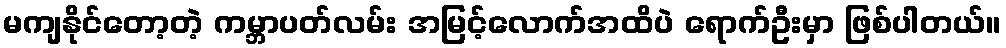
မကျနိုင်တော့တဲ့ ကမ္ဘာပတ်လမ်း အမြင့်လောက်အထိပဲ ရောက်ဦးမှာ ဖြစ်ပါတယ်။